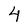
Character: 4